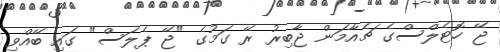
ޖޭ ހޮޓެލްސްގެ ޗެއާމަން ޖާބިރު ރޭ ގަމުގެ "ޖޭ ޕެލަސް" ގައި ބޭއްވި